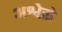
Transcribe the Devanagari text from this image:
अश्वेतो